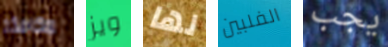
مكافئة ويز لها الفلبين يجب